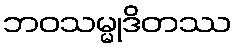
ဘဝသမ္မုဒိတဿ